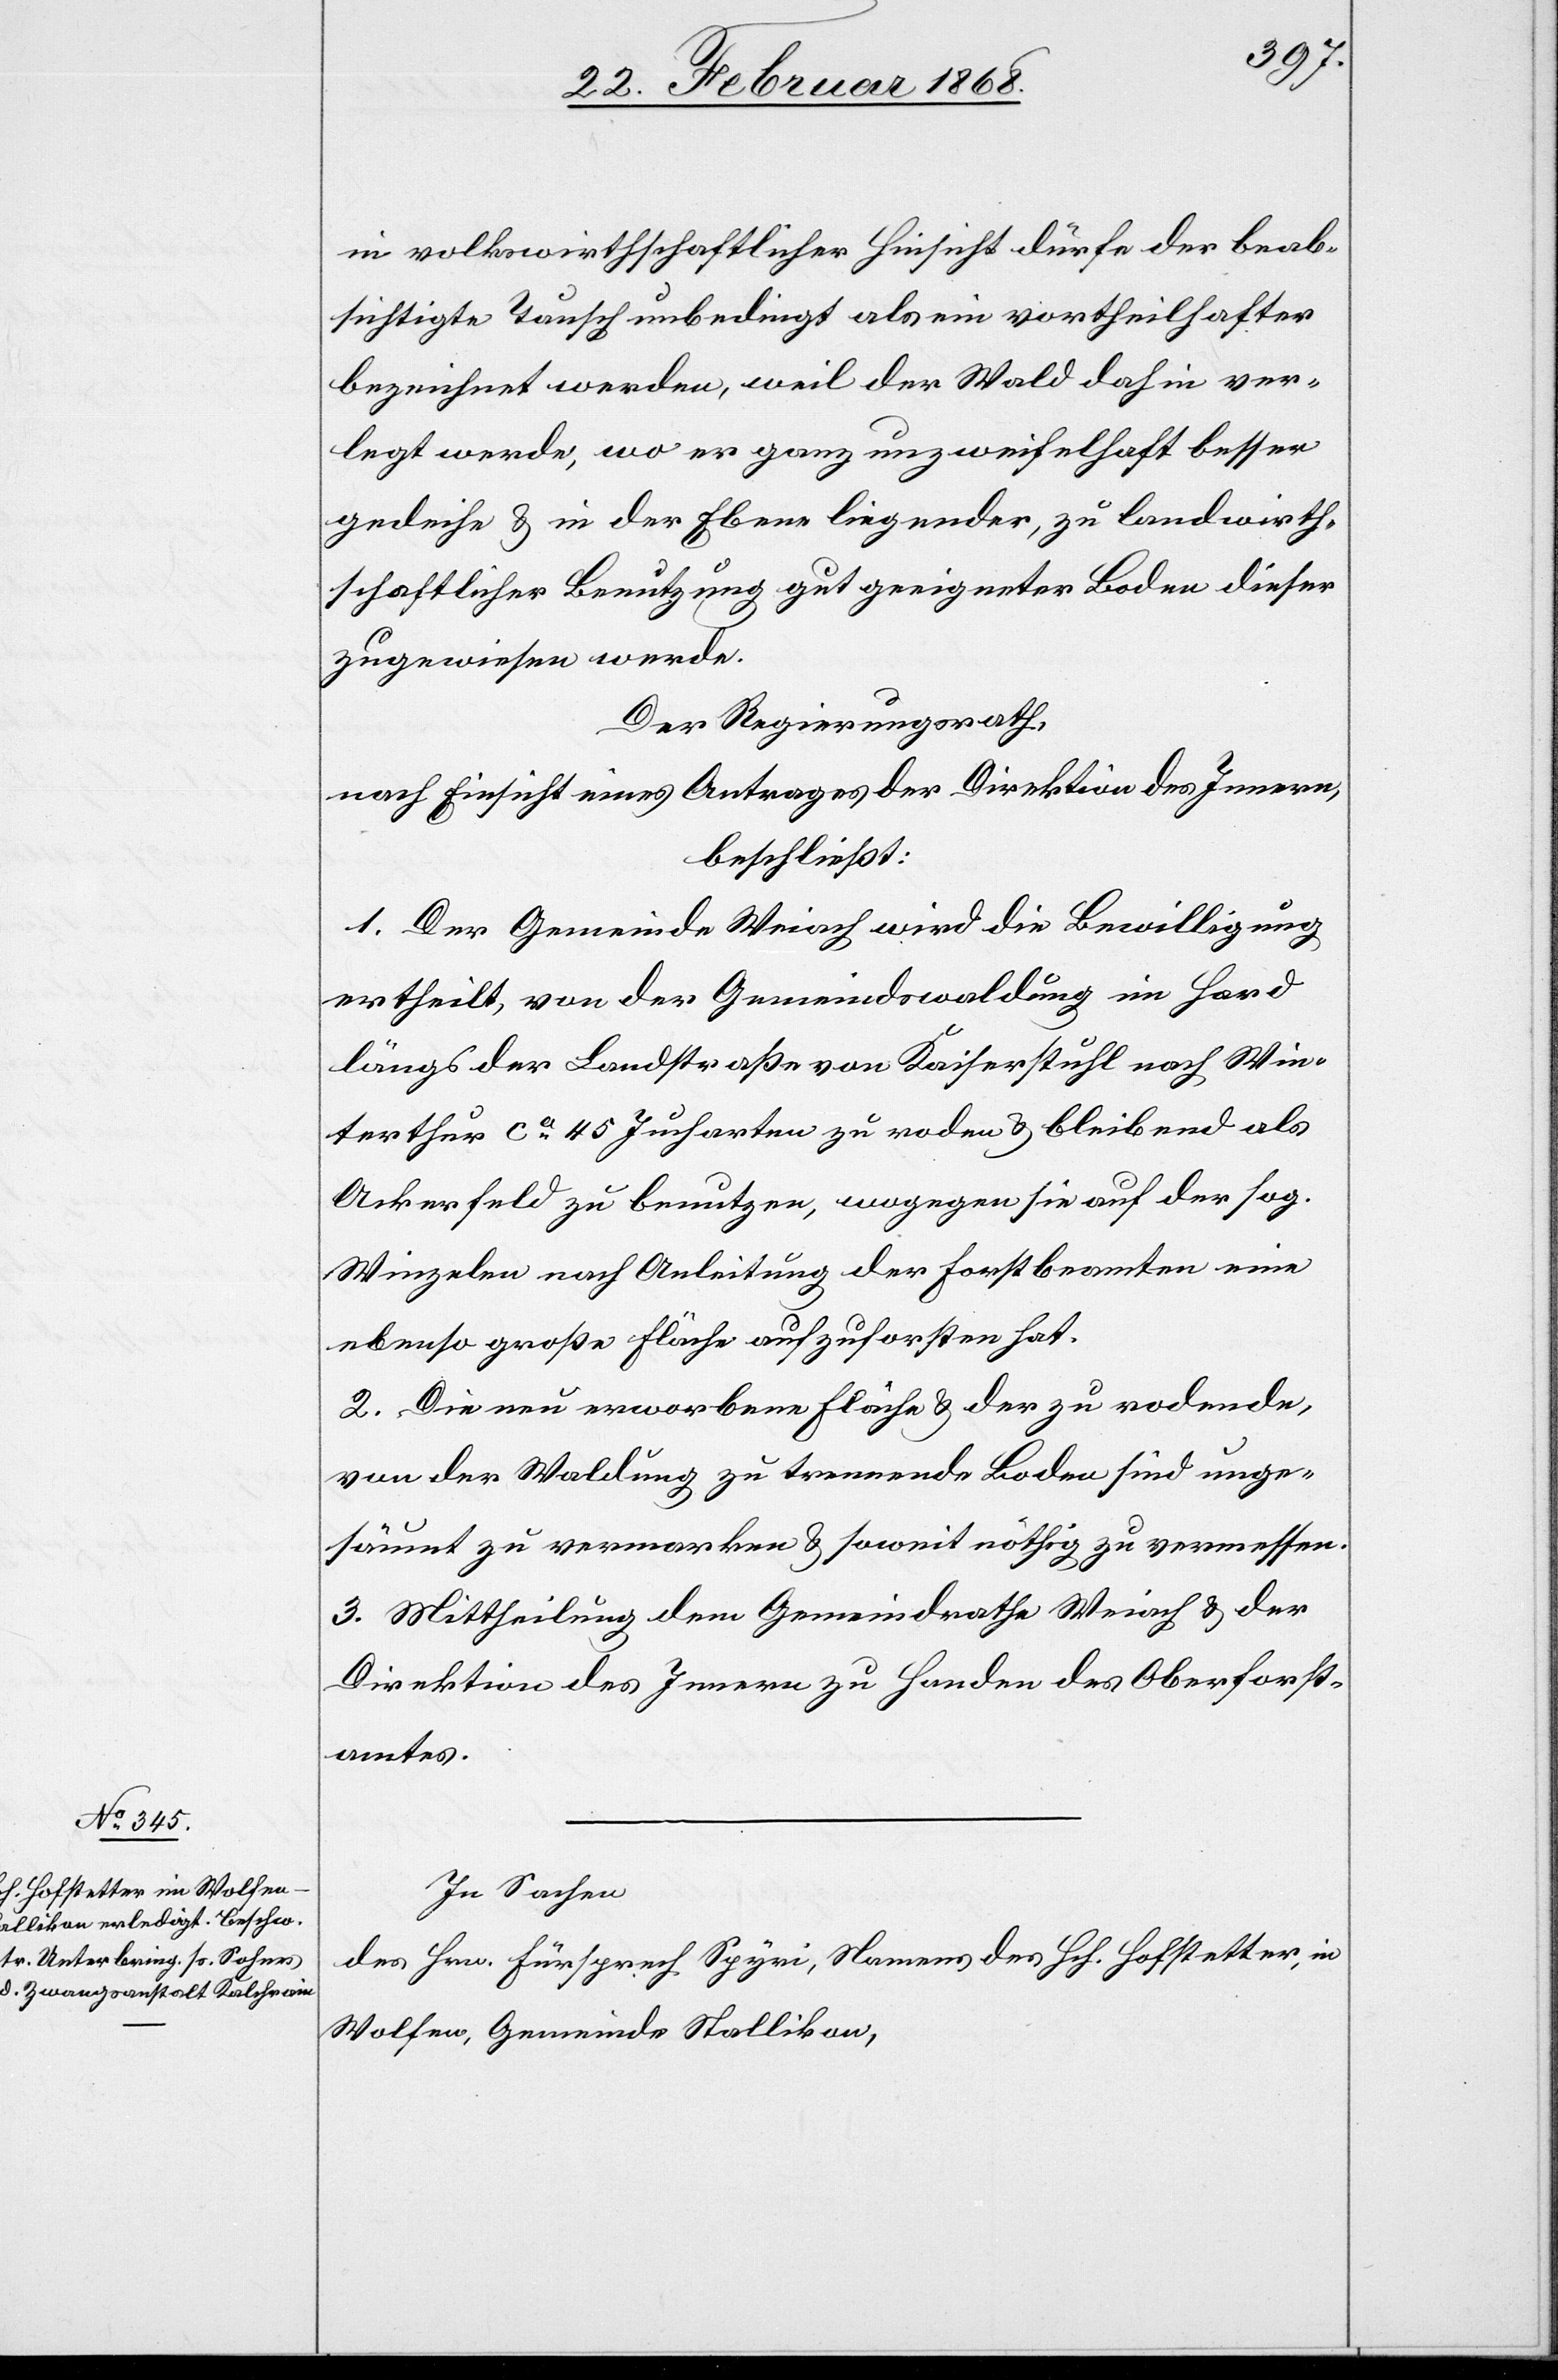
in volkswirthschaftlicher Hinsicht dürfe der beab¬
sichtigte Tausch unbedingt als ein vortheilhafter
bezeichnet werden, weil der Wald dahin ver¬
legt werde, wo er ganz unzweifelhaft besser
gedeihe & in der Ebene liegender, zu landwirth¬
schaftlicher Benutzung gut geeigneter Boden dieser
zugewiesen werde.
Der Regierungsrath,
nach Einsicht eines Antrages der Direktion des Innern,
beschließt:
1. Der Gemeinde Weiach wird die Bewilligung
ertheilt, von der Gemeindswaldung im Hard
längs der Landstraße von Kaiserstuhl nach Win¬
terthur ca. 45 Jucharten zu roden & bleibend als
Ackerfeld zu benutzen, wogegen sie auf der sog.
Winzelen nach Anleitung der Forstbeamten eine
ebenso große Fläche aufzuforsten hat.
2. Die neu erworbene Fläche & der zu rodende,
von der Waldung zu trennende Boden sind unge¬
säumt zu vermarken & soweit nöthig zu vermessen.
3. Mittheilung dem Gemeindrathe Weiach & der
Direktion des Innern zu Handen des Oberforst¬
amtes.
In Sachen
des Hrn. Fürsprech Spyri, Namens des Hch. Hofstetter, in
Wolfen, Gemeinde Stallikon,